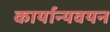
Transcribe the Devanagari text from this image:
कार्यान्यवयन